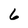
Character: 6